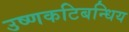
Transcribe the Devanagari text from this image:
उष्णकटिबन्धिय